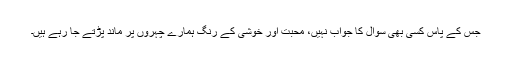
جس کے پاس کسی بھی سوال کا جواب نہیں، محبت اور خوشی کے رنگ ہمارے چہروں پر ماند پڑتے جا رہے ہیں۔